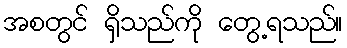
အစတွင် ရှိသည်ကို တွေ့ရသည်။